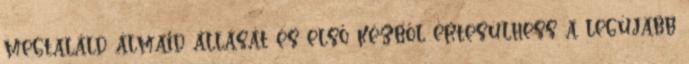
megtaláld álmaid állását és első kézből értesülhess a legújabb